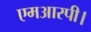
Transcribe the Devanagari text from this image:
एमआरपी।